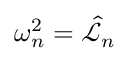
\omega _ { n } ^ { 2 } = \hat { \mathscr { L } } _ { n }